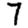
Digit: 7